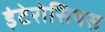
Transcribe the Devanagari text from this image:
इंटेरोसियस